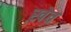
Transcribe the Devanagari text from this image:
ख़ेत